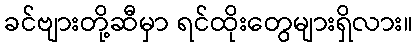
ခင်ဗျားတို့ဆီမှာ ရင်ထိုးတွေများရှိလား။